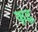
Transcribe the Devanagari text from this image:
कृद्ध